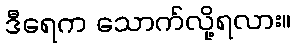
ဒီရေက သောက်လို့ရလား။